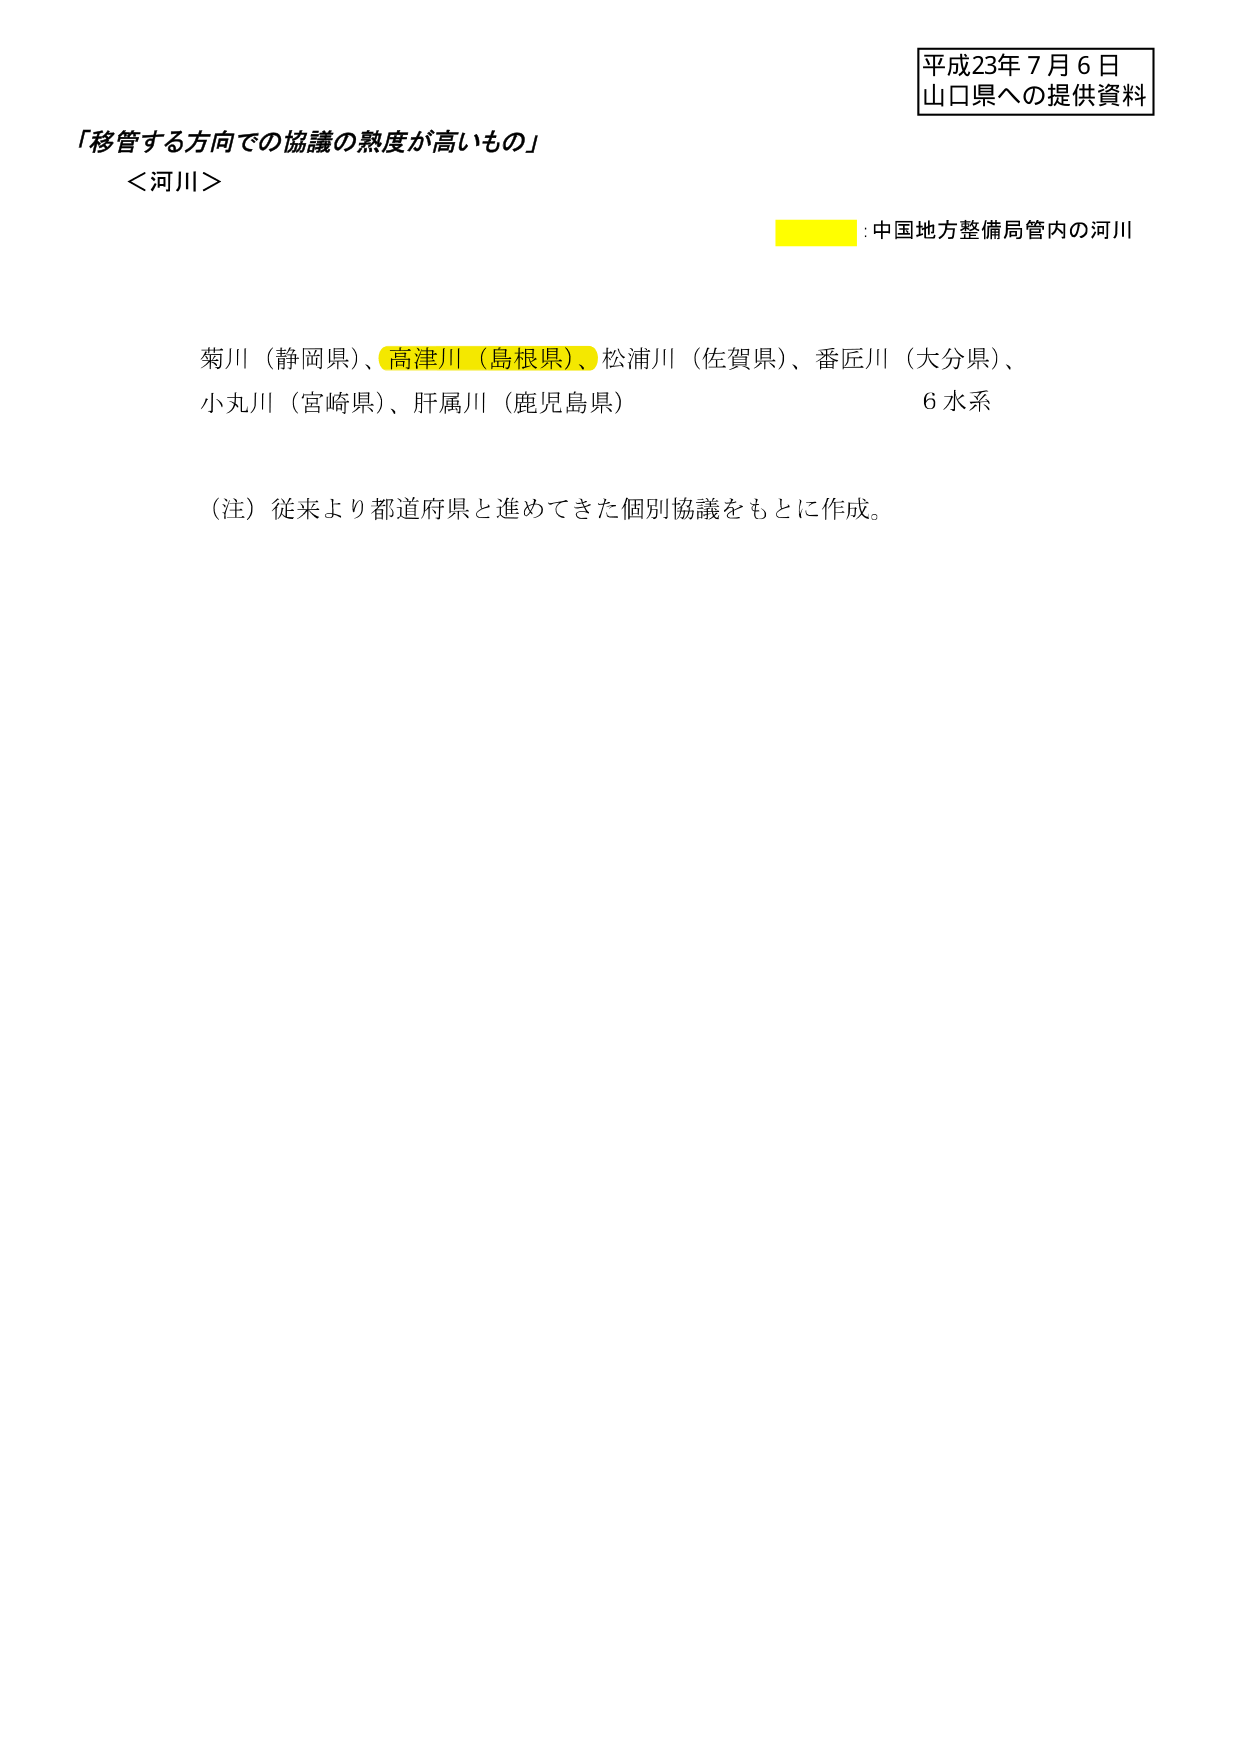
平成23年7月6日
山口県への提供資料

「移管する方向での協議の熟度が高いもの」
＜河川＞

：中国地方整備局管内の河川

菊川（静岡県）、高津川（島根県）、松浦川（佐賀県）、番匠川（大分県）、
小丸川（宮崎県）、肝属川（鹿児島県）　6水系

（注）従来より都道府県と進めてきた個別協議をもとに作成。